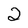
Character: 2